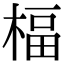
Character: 楅